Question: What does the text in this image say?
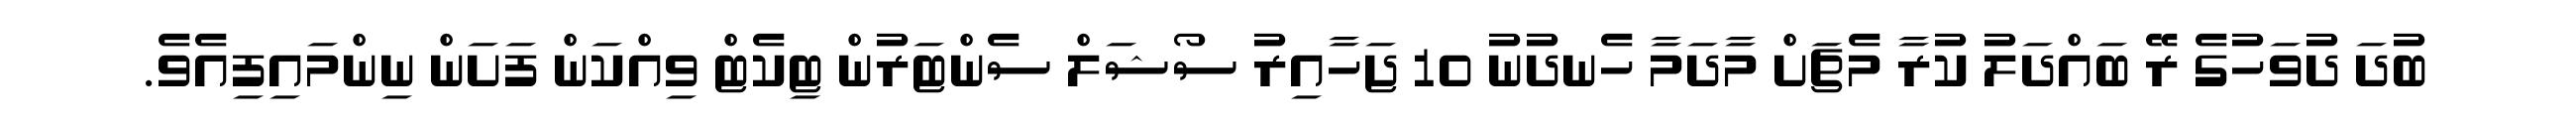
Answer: ބުދަ ދުވަހުގެ ރޭ ބައްދަލު ކުރާ މެޗަށް މާދަމާ ހެނދުނު 10 ޖަހާއިރު ސޯޝަލް ސެންޓަރުން ޓިކެޓް ވިއްކަން ފަށަން ނިންމައިފިއެވެ.